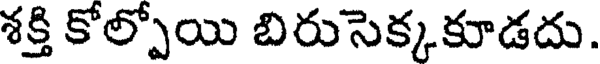
శక్తి కోల్పోయి బిరుసెక్కకూడదు.